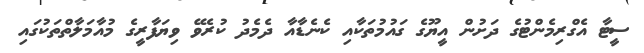
ސީޓާ އެގްރިމެންޓުގެ ދަށުން އީޔޫގެ ގައުމުތަކާއި ކެނެޑާއާ ދެމެދު ކުރެވޭ ވިޔަފާރީގެ މުއާމަލާތްތަކުގައި